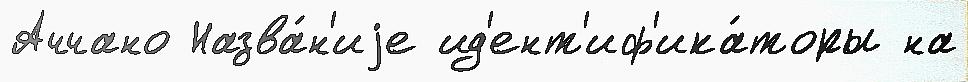
Аччано Назва́н'иjе ид'ент'иф'ика́торы на